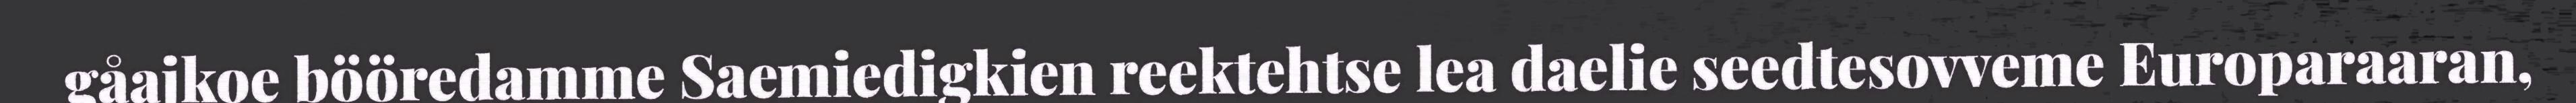
gåajkoe bööredamme Saemiedigkien reektehtse lea daelie seedtesovveme Europaraaran,